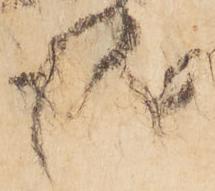
衛